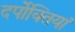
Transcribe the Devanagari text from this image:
दर्पोक्तियां